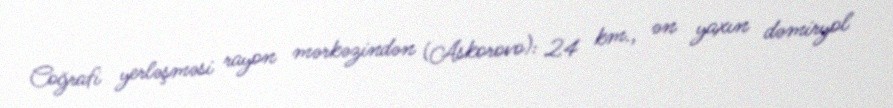
Coğrafi yerləşməsi rayon mərkəzindən (Askorovo): 24 km., ən yaxın dəmiryol